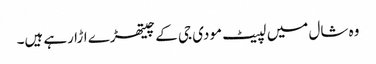
وہ شال میں لپیٹ مودی جی کے چیتھڑے اڑا رہے ہیں۔